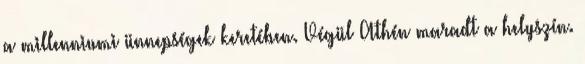
a millenniumi ünnepségek keretében. Végül Athén maradt a helyszín.